Scientific memoirs by medical officers of the Army of India - Part XI,
Year: 1898
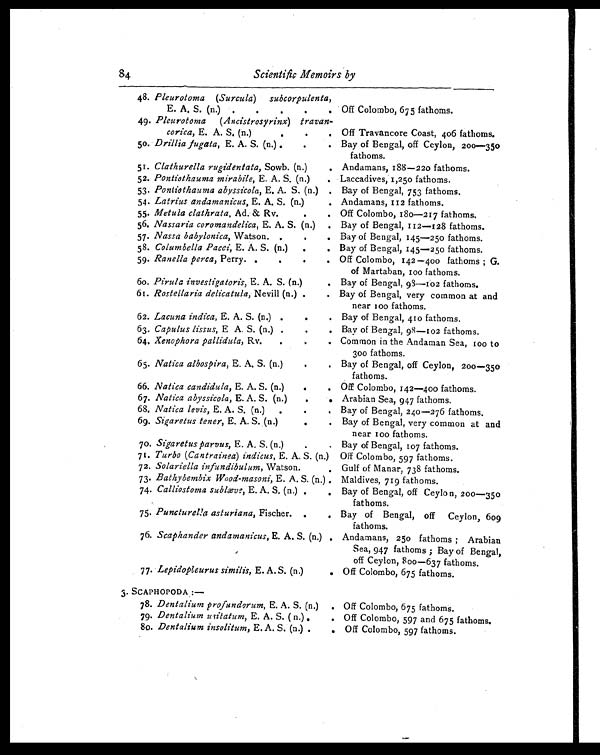
84
Scientific Memoirs by
48. pleurotoma (Surcula) subcorpulenta,
E. A. S. (n.) .
. Off Colombo, 675 fathoms.
49. Pleurotoma ( Ancistrosyrinx) travan-
corica, E. A. S. (n.)
.
. Off Travancore Coast, 406 fathoms.
50. Drillia fugata, E. A. S. (n.) .
.
. Bay of Bengal, off Ceylon, 200—350
fathoms.
51. Clathurella rugidentata, Sowb. (n.)
. Andamans, 188—220 fathoms.
52. Pontiothauma mirabile, E. A. S. (n.)
. Laccadives 1,250 fathoms.
53. Pontiothauma abyssicola, E. A. S. (n.)
Bay of Bengal, 753 fathoms.
54. Latrius andamanicus, E. A. S. (n.)
. Andamans, 112 fathoms.
55. Metula clathrata, Ad. & Rv.. Off Colombo, 180—217 fathoms.
56. Nassaria coromandelica, E. A. S. (n.) . Bay of Bengal, 112—128 fathoms.
.
57. Nassa babylonica, Watson..
. Bay of Bengal, 145—250 fathoms.
58. Columbella Pacei, E. A. S. (n.) .
. Bay of Bengal, 145—250 fathoms.
.
.
59. Ranella perca, Perry. .. Off Colombo, 142—400 fathoms ; G.
of Martaban, 100 fathoms.
60. Pirula investigatoris, E. A. S. (n.)
Bay of Bengal, 93—102 fathoms.
61. Rostellaria delicatula, Nevill (n.) .
. Bay of Bengal, very common at and
near 100 fathoms.
62. Lacuna indica, E. A. S. (n.) .
.
. Bay of Bengal, 410 fathoms.
63. Capulus lissus, E A. S. (n.) .
.
. Bay of Bengal, 98—102 fathoms.
64. Xenophora pallidula, Rv.
.. Common in the Andaman Sea, 100 t
o 300 fathoms.
65. Natica albospira, E. A. S. (n.). Bay of Bengal, off Ceylon, 200—350
fathoms.
66. Natica candidula, E. A. S. (n.)
.
. Off Colombo, 142—400 fathoms.
67. Natica abyssicola, E. A. S. (n.)
.
Arabian Sea, 947 fathoms.
68. Natica levis, E. A. S. (n.) .. Bay of Bengal, 240—276 fathoms.
69. Sigaretus tener, E. A. S. (n.)
.
. Bay of Bengal, very common at and
near 100 fathoms.
.
70. Sigaretus parvus, E. A. S. (n.). Bay of Bengal, 107 fathoms.
71. Turbo (Cantrainea) indicus, E. A. S. (n.) Off Colombo, 597 fathoms.
72. Solariella infundibulum, Watson.. Gulf of Manar, 738 fathoms.
73. Bathybembix Wood-masoni, E. A. S. (n.) . Maldives, 719 fathoms.
74. Calliostoma sublæve, E. A. S. (n.) .
. Bay of Bengal, off Ceylon, 200—35
0 fathoms.
75. Puncturella asturiana, Fischer. .
. Bay of Bengal, off Ceylon, 609
fathoms.
76. Scaphander andamanicus, E. A. S. (n.) . Andamans, 250 fathoms ; Arabian
Sea, 947 fathoms ; Bay of Bengal,
off Ceylon, 800—637 fathoms.
77. Lepidopleurus similis, E. A. S. (n.)
. Off Colombo, 675 fathoms.
3 . S C A P H O P O D A : —
. Off Colombo, 675 fathoms.
78. Dentalium profundorum, E. A. S. (n.)
79. Dentalium usitatum, E. A. S. ( n.) .
. Off Colombo, 597 and 675 fathoms.
80. Dentalium insolitum, E. A. S. (n.) .
. Off Colombo, 597 fathoms.